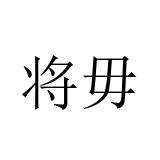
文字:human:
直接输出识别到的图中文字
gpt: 将毋